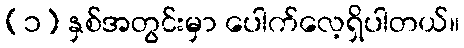
(၁) နှစ်အတွင်းမှာ ပေါက်လေ့ရှိပါတယ်။